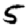
Digit: 5